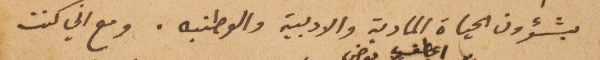
بشؤون الحياة المادية والادبية والوطنيه. ومع اني كنت